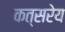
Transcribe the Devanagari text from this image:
कत्सरेय